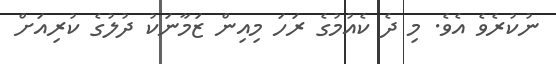
ނުކުރެވެ އެވެ. މި ދެ ކެއުމުގެ ރަހަ މިއިން ޒަމާނަކު ދުލުގެ ކުރިއަށް